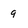
Character: 9